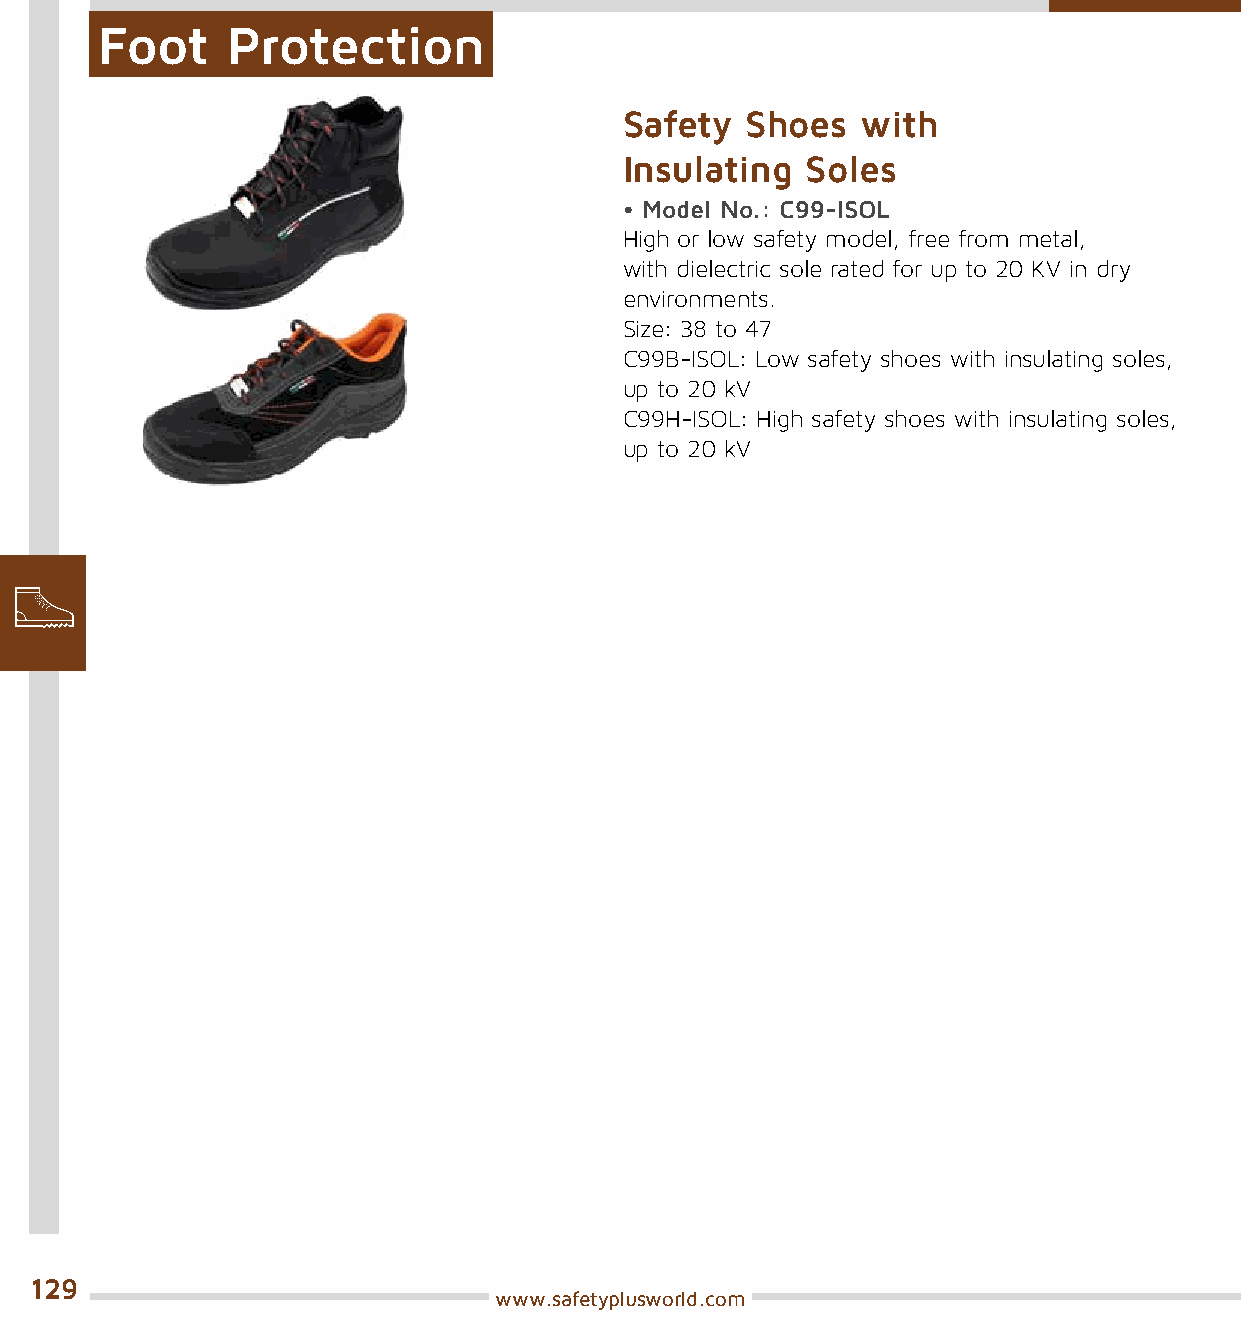
Foot     Protection
 Safety  Shoes   with
 Insulating  Soles
 • Model No.: C99-ISOL
 High or low safety model, free from metal,
 with dielectric sole rated for up to 20 KV in dry
 environments.
 Size: 38 to 47
 C99B-ISOL: Low safety shoes with insulating soles,
 up to 20 kV
 C99H-ISOL: High safety shoes with insulating soles,
 up to 20 kV
 129
 www.safetyplusworld.com